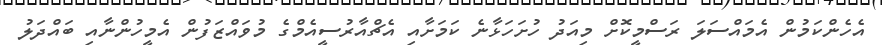
އެހެންކަމުން އެމައްސަލަ ރަސްމީކޮށް މިއަދު ހުށަހަޅާނެ ކަމަށާއި އެޗްއާރުސީއެމްގެ މުވައްޒަފުން އެމީހުންނާއި ބައްދަލު